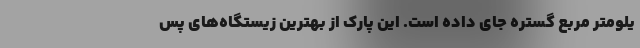
یلومتر مربع گستره جای داده است. این پارک از بهترین زیستگاه‌های پس